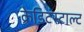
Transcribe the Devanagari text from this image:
क्रेडिटंस्टाल्ट